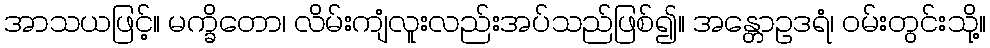
အာသယဖြင့်။ မက္ခိတော၊ လိမ်းကျံလူးလည်းအပ်သည်ဖြစ်၍။ အန္တောဥဒရံ၊ ဝမ်းတွင်းသို့။